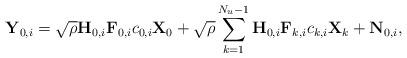
LaTeX: \begin{align*}\textbf{Y}_{0,i}=\sqrt{\rho}\textbf{H}_{0,i}\textbf{F}_{0,i}c_{0,i}\textbf{X}_{0}+\sqrt{\rho}\sum\limits_{k=1}^{N_u-1}\textbf{H}_{0,i}\textbf{F}_{k,i}c_{k,i}\textbf{X}_{k}+\textbf{N}_{0,i},\end{align*}